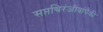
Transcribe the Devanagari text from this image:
सप्तचिरंजीवांपैकी